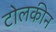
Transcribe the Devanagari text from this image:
टोलकीन